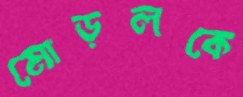
মোড়লকে